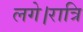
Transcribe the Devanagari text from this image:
लगे।रात्रि